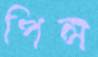
পিন্স